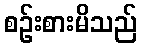
စဉ်းစားမိသည်